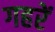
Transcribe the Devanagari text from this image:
गहरें